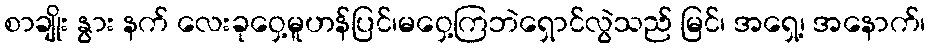
စာချိုး နွား နက် လေးခုဝှေ့မူဟန်ပြင်၊မဝှေ့ကြဘဲရှောင်လွဲသည် မြင်၊ အရှေ့၊ အနောက်၊